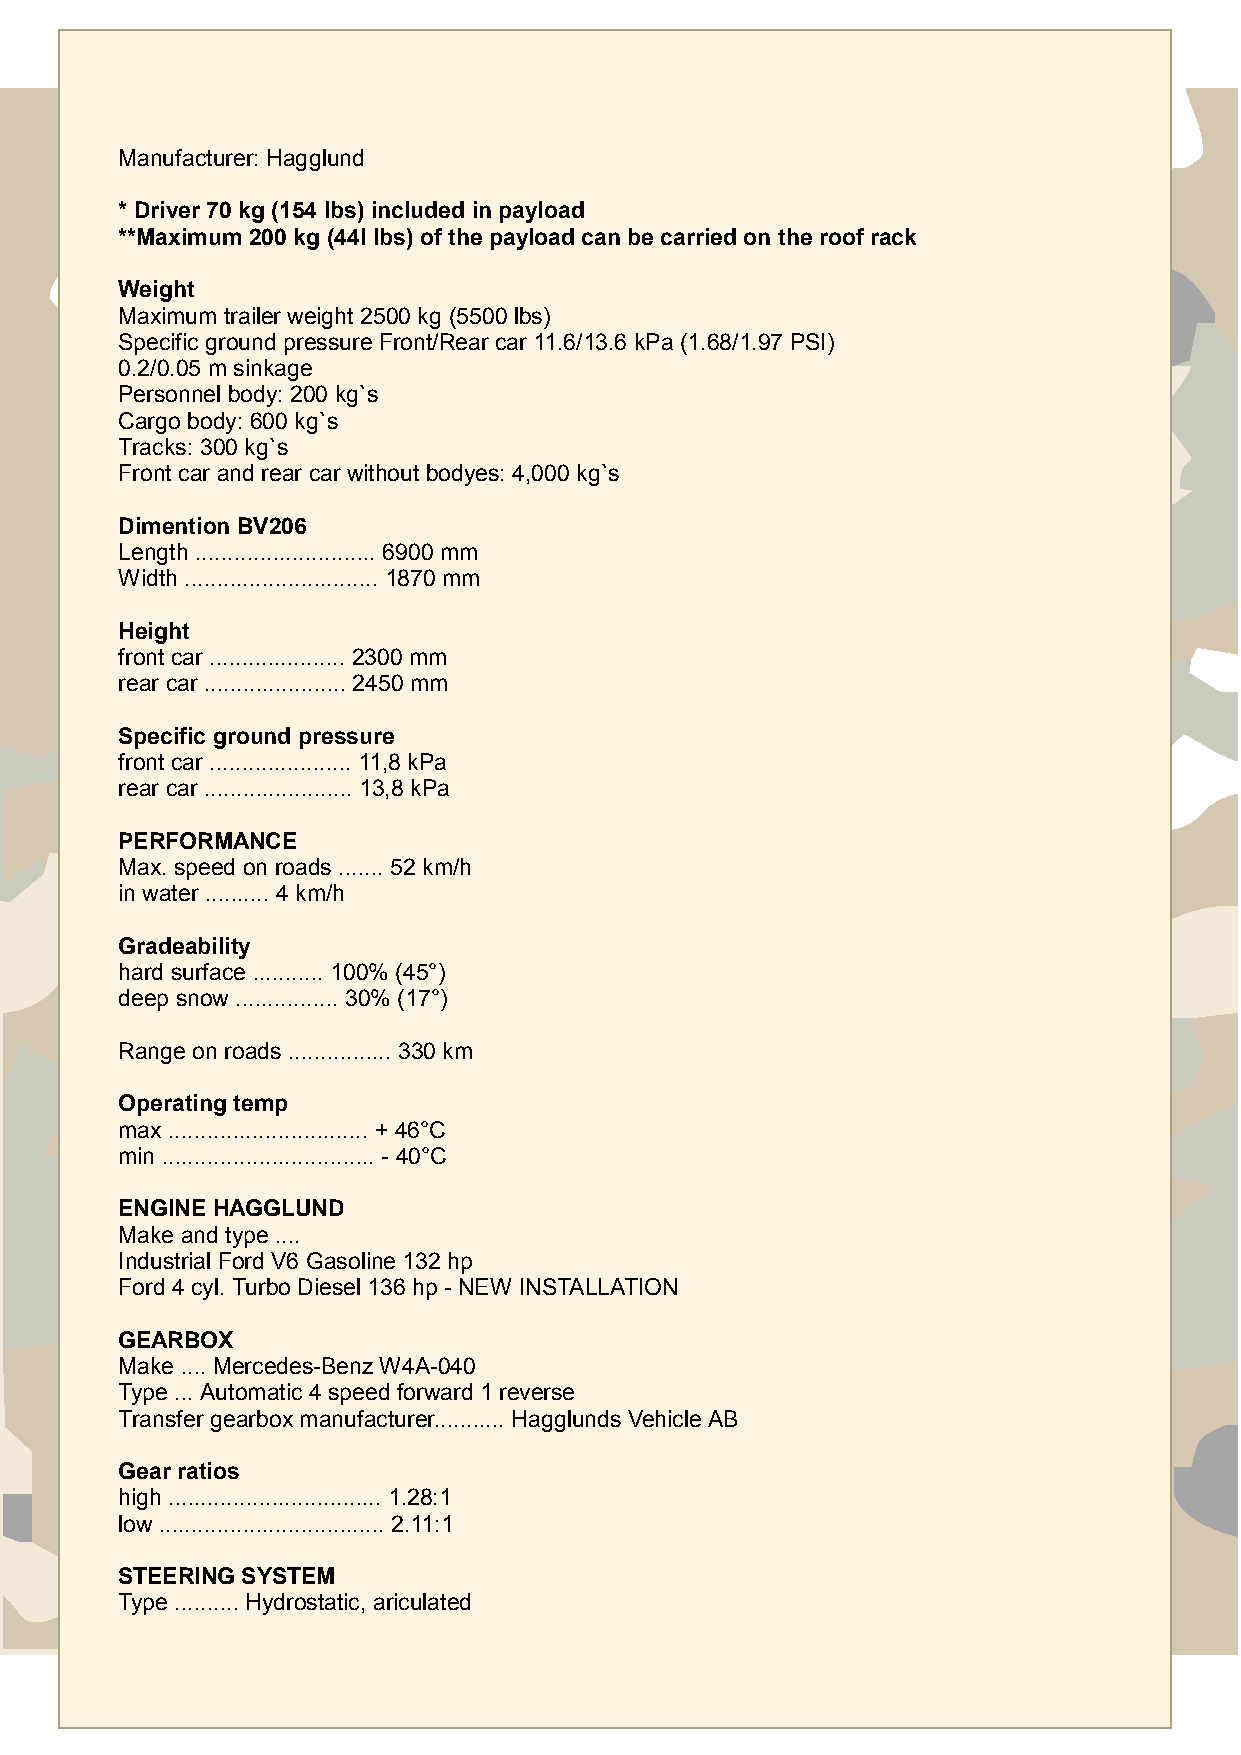
Manufacturer: Hagglund
 * Driver70 kg(154 lbs) includedinpayload
 **Maximum 200 kg(44llbs) ofthepayloadcanbecarriedontheroofrack
 Weight
 Maximum trailer weight 2500 kg (5500 lbs)
 Specific ground pressure Front/Rear car 11.6/13.6 kPa (1.68/1.97 PSI)
 0.2/0.05 m sinkage
 Personnel body: 200 kg`s
 Cargo body: 600 kg`s
 Tracks: 300 kg`s
 Front car and rear car without bodyes: 4,000 kg`s
 DimentionBV206
 Length ............................ 6900 mm
 Width .............................. 1870 mm
 Height
 front car ..................... 2300 mm
 rear car ...................... 2450 mm
 Specificgroundpressure
 front car ...................... 11,8 kPa
 rear car ....................... 13,8 kPa
 PERFORMANCE
 Max. speed on roads ....... 52 km/h
 in water .......... 4 km/h
 Gradeability
 hard surface ........... 100% (45°)
 deep snow ................ 30% (17°)
 Range on roads ................ 330 km
 Operatingtemp
 max ............................... + 46°C
 min ................................. - 40°C
 ENGINE HAGGLUND
 Make and type ....
 Industrial Ford V6 Gasoline 132 hp
 Ford 4 cyl. Turbo Diesel 136 hp - NEW INSTALLATION
 GEARBOX
 Make .... Mercedes-Benz W4A-040
 Type ... Automatic 4 speed forward 1 reverse
 Transfer gearbox manufacturer........... Hagglunds Vehicle AB
 Gearratios
 high ................................. 1.28:1
 low ................................... 2.11:1
 STEERING SYSTEM
 Type .......... Hydrostatic, ariculated